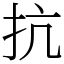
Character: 抗